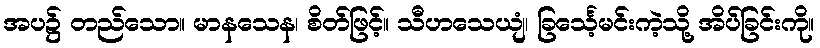
အပ၌ တည်သော။ မာနသေန၊ စိတ်ဖြင့်။ သီဟသေယျံ၊ ခြင်္သေ့မင်းကဲ့သို့ အိပ်ခြင်းကို။